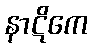
နာဋိကေ